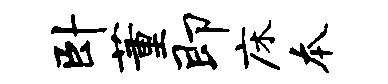
卧董即床本